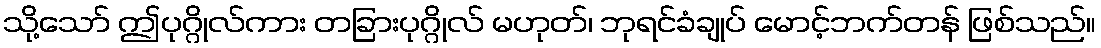
သို့သော် ဤပုဂ္ဂိုလ်ကား တခြားပုဂ္ဂိုလ် မဟုတ်၊ ဘုရင်ခံချုပ် မောင့်ဘက်တန် ဖြစ်သည်။